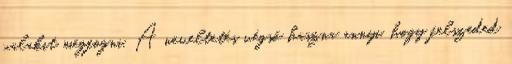
valakit megfogni. A neveltetés végső haszna annyi, hogy felszeded